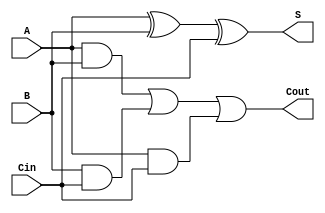
`timescale 1ns / 1ps
`default_nettype none
////////////////////////////////////////////////////////////////
// Module Name: full_adder
// Author Name: Joseph Martinsen
//
////////////////////////////////////////////////////////////////
module full_adder(S, Cout, A, B, Cin );
	// Declare input and output ports
	input wire A, B, Cin;
	output wire S, Cout;

	// Declare wi res
	wire andBCin, andACin, andAB; // add more

	// Use dataflow to create gatelevel commands
	assign #6 S = A ^ B ^ Cin; // ^ is XOR
	assign #4 andAB = A & B;
	assign #4 andBCin = B & Cin;
	assign #4 andACin = A & Cin;
	assign #6 Cout = andAB | andBCin | andACin;
endmodule